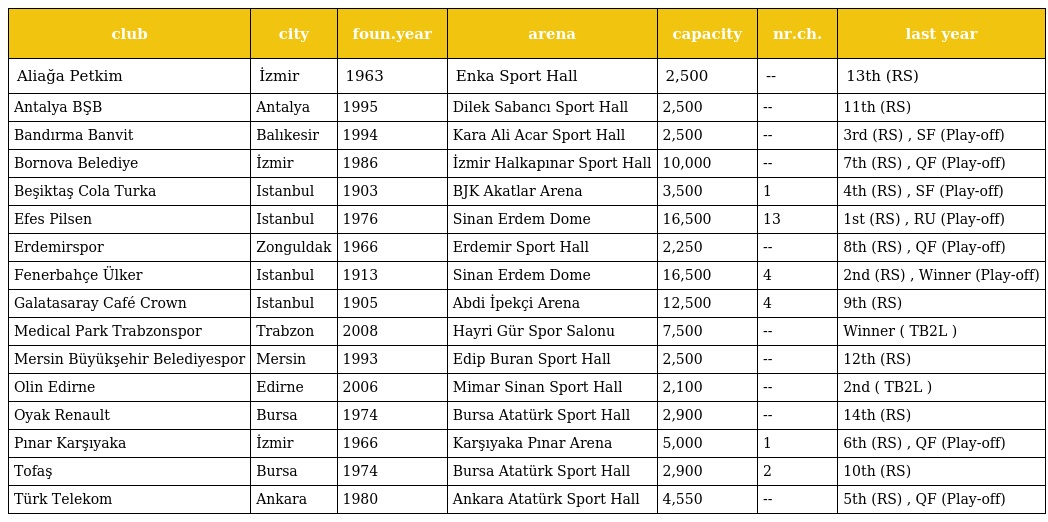
| club | city | foun.year | arena | capacity | nr.ch. | last year |
 | --- | --- | --- | --- | --- | --- | --- |
 | Aliağa Petkim | İzmir | 1963 | Enka Sport Hall | 2,500 | -- | 13th (RS) |
 | Antalya BŞB | Antalya | 1995 | Dilek Sabancı Sport Hall | 2,500 | -- | 11th (RS) |
 | Bandırma Banvit | Balıkesir | 1994 | Kara Ali Acar Sport Hall | 2,500 | -- | 3rd (RS) , SF (Play-off) |
 | Bornova Belediye | İzmir | 1986 | İzmir Halkapınar Sport Hall | 10,000 | -- | 7th (RS) , QF (Play-off) |
 | Beşiktaş Cola Turka | Istanbul | 1903 | BJK Akatlar Arena | 3,500 | 1 | 4th (RS) , SF (Play-off) |
 | Efes Pilsen | Istanbul | 1976 | Sinan Erdem Dome | 16,500 | 13 | 1st (RS) , RU (Play-off) |
 | Erdemirspor | Zonguldak | 1966 | Erdemir Sport Hall | 2,250 | -- | 8th (RS) , QF (Play-off) |
 | Fenerbahçe Ülker | Istanbul | 1913 | Sinan Erdem Dome | 16,500 | 4 | 2nd (RS) , Winner (Play-off) |
 | Galatasaray Café Crown | Istanbul | 1905 | Abdi İpekçi Arena | 12,500 | 4 | 9th (RS) |
 | Medical Park Trabzonspor | Trabzon | 2008 | Hayri Gür Spor Salonu | 7,500 | -- | Winner ( TB2L ) |
 | Mersin Büyükşehir Belediyespor | Mersin | 1993 | Edip Buran Sport Hall | 2,500 | -- | 12th (RS) |
 | Olin Edirne | Edirne | 2006 | Mimar Sinan Sport Hall | 2,100 | -- | 2nd ( TB2L ) |
 | Oyak Renault | Bursa | 1974 | Bursa Atatürk Sport Hall | 2,900 | -- | 14th (RS) |
 | Pınar Karşıyaka | İzmir | 1966 | Karşıyaka Pınar Arena | 5,000 | 1 | 6th (RS) , QF (Play-off) |
 | Tofaş | Bursa | 1974 | Bursa Atatürk Sport Hall | 2,900 | 2 | 10th (RS) |
 | Türk Telekom | Ankara | 1980 | Ankara Atatürk Sport Hall | 4,550 | -- | 5th (RS) , QF (Play-off) |